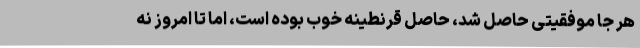
هر جا موفقیتی حاصل شد، حاصل قرنطینه خوب بوده است، اما تا امروز نه